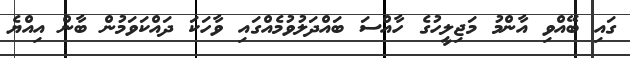
ގައި ބޭއްވި އާންމު މަޖިލީހުގެ ހާއްސަ ބައްދަލުވުމެއްގައި ވާހަކަ ދައްކަވަމުން ބާން އިއްޔެ